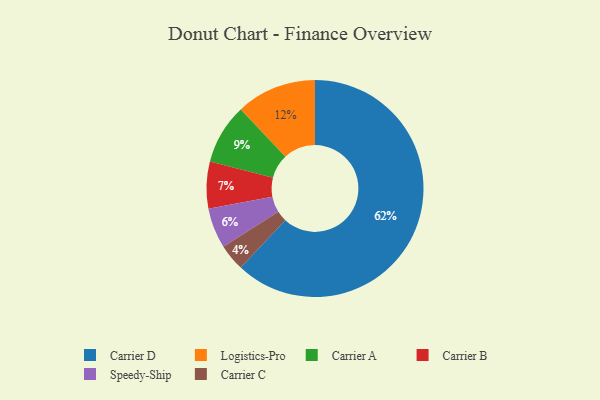
{"axis": {"x": "Category", "y": "Percentage"}, "legend": ["Carrier A", "Carrier B", "Carrier C", "Carrier D", "Logistics-Pro", "Speedy-Ship"], "data": [{"x": "Carrier D", "y": 62, "type": "Carrier D"}, {"x": "Logistics-Pro", "y": 12, "type": "Logistics-Pro"}, {"x": "Carrier A", "y": 9, "type": "Carrier A"}, {"x": "Carrier B", "y": 7, "type": "Carrier B"}, {"x": "Carrier C", "y": 4, "type": "Carrier C"}, {"x": "Speedy-Ship", "y": 6, "type": "Speedy-Ship"}]}